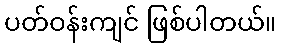
ပတ်ဝန်းကျင် ဖြစ်ပါတယ်။